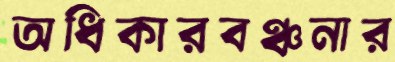
অধিকারবঞ্চনার